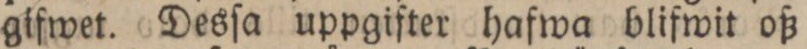
gifwet. Desſa uppgifter hafwa blifwit oß